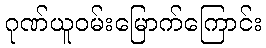
ဂုဏ်ယူဝမ်းမြောက်ကြောင်း